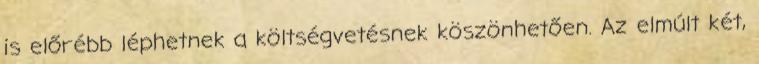
is előrébb léphetnek a költségvetésnek köszönhetően. Az elmúlt két,